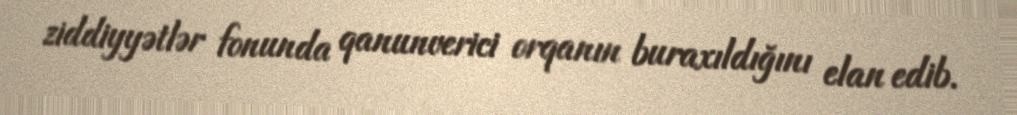
ziddiyyətlər fonunda qanunverici orqanın buraxıldığını elan edib.